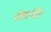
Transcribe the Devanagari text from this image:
पोन्नगंटि